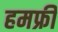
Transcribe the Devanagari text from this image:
हमफ्री